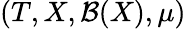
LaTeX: \left(T,X,{\mathcal{B}}(X),\mu\right)